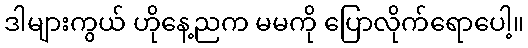
ဒါများကွယ် ဟိုနေ့ညက မမကို ပြောလိုက်ရောပေါ့။